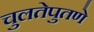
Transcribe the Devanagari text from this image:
चुलतेपुतणे